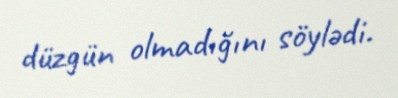
düzgün olmadığını söylədi.